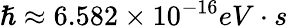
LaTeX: \hslash\approx 6.582\times 10^{-16}eV\cdot s